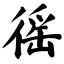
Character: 徭